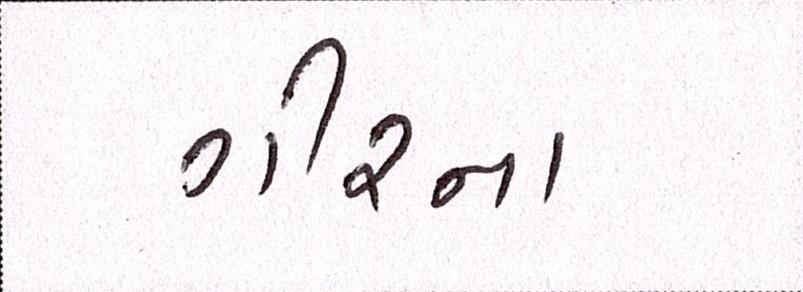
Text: ગીરના